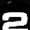
Digit: 2